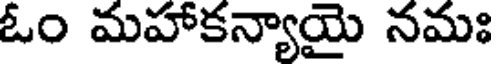
ఓం మహాకన్యాయై నమః